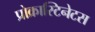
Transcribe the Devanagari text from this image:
प्रोक्रास्टिनेटस